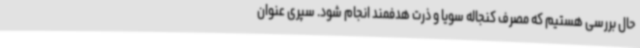
حال بررسی هستیم که مصرف کنجاله سویا و ذرت هدفمند انجام شود. سپری عنوان